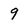
Character: 9